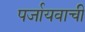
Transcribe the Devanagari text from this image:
पर्जायवाची